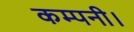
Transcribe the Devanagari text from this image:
कम्‍पनी।